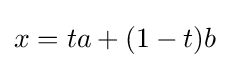
x=ta+(1-t)b